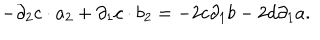
- { \partial } _ { 2 } c \cdot a _ { 2 } + { \partial } _ { 1 } c \cdot b _ { 2 } = - 2 c { \partial } _ { 1 } b - 2 d { \partial } _ { 1 } a .